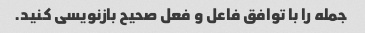
جمله را با توافق فاعل و فعل صحیح بازنویسی کنید.